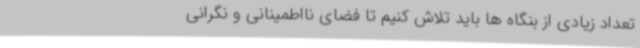
تعداد زیادی از بنگاه ها باید تلاش کنیم تا فضای نااطمینانی و نگرانی